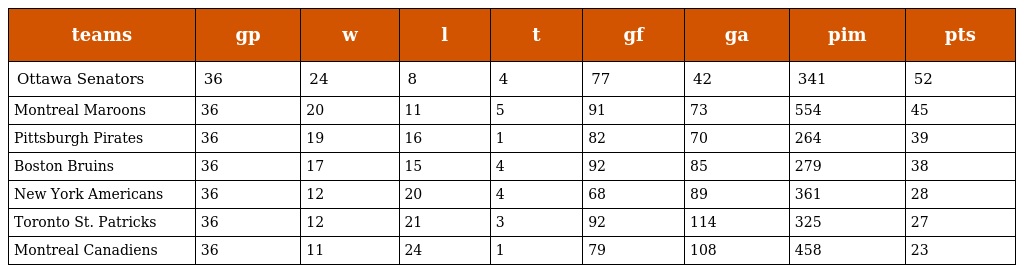
| teams | gp | w | l | t | gf | ga | pim | pts |
 | --- | --- | --- | --- | --- | --- | --- | --- | --- |
 | Ottawa Senators | 36 | 24 | 8 | 4 | 77 | 42 | 341 | 52 |
 | Montreal Maroons | 36 | 20 | 11 | 5 | 91 | 73 | 554 | 45 |
 | Pittsburgh Pirates | 36 | 19 | 16 | 1 | 82 | 70 | 264 | 39 |
 | Boston Bruins | 36 | 17 | 15 | 4 | 92 | 85 | 279 | 38 |
 | New York Americans | 36 | 12 | 20 | 4 | 68 | 89 | 361 | 28 |
 | Toronto St. Patricks | 36 | 12 | 21 | 3 | 92 | 114 | 325 | 27 |
 | Montreal Canadiens | 36 | 11 | 24 | 1 | 79 | 108 | 458 | 23 |